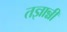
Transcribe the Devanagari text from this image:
तज्ञान्नी